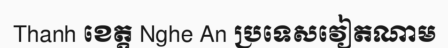
Thanh ខេត្ត Nghe An ប្រទេសវៀតណាម